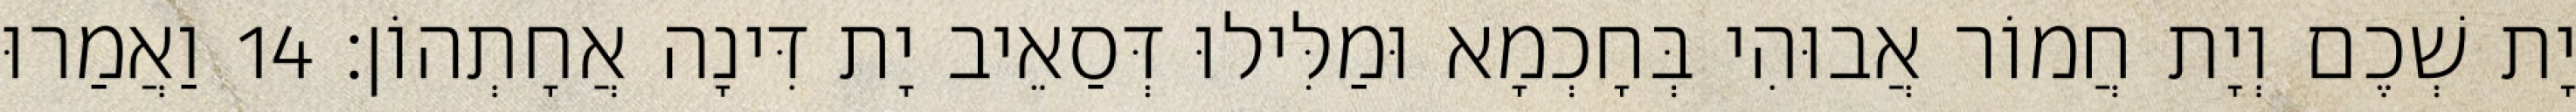
יָת שְׁכֶם וְיָת חֲמוֹר אֲבוּהִי בְּחָכְמָא וּמַלִּילוּ דְּסַאֵיב יָת דִּינָה אֲחָתְהוֹן׃ 14 וַאֲמַרוּ